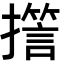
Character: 𭢪